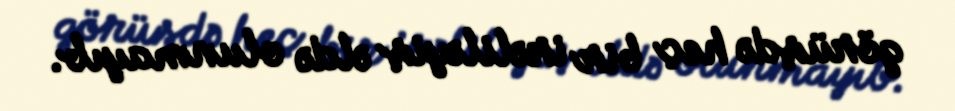
görüşdə heç bir irəliləyiş əldə olunmayıb.